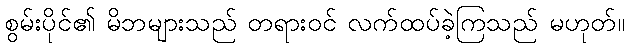
စွမ်းပိုင်၏ မိဘများသည် တရားဝင် လက်ထပ်ခဲ့ကြသည် မဟုတ်။